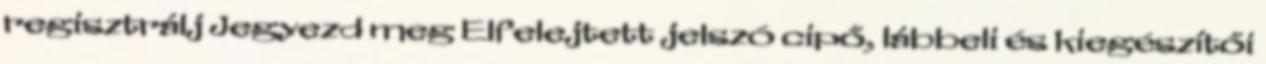
regisztrálj Jegyezd meg Elfelejtett jelszó cipő, lábbeli és kiegészítői